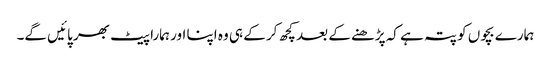
ہمارے بچوں کو پتہ ہے کہ پڑھنے کے بعد کچھ کر کے ہی وہ اپنا اور ہمارا پیٹ بھر پائیں گے۔